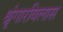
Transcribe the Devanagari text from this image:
श्रृंगारविलास